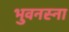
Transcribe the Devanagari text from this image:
भुवनस्ना